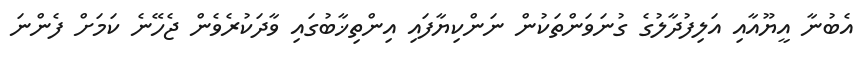
އެބުނާ އީޔޫއާއި އަލިފުދާލުގެ ގުނަވަންތަކުން ނަންކިޔާފައި އިންތިޚާބުގައި ވާދަކުރެވެން ޖެހޭނެ ކަމަށް ފެންނަ